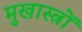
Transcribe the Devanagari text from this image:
मुखास्त्रों